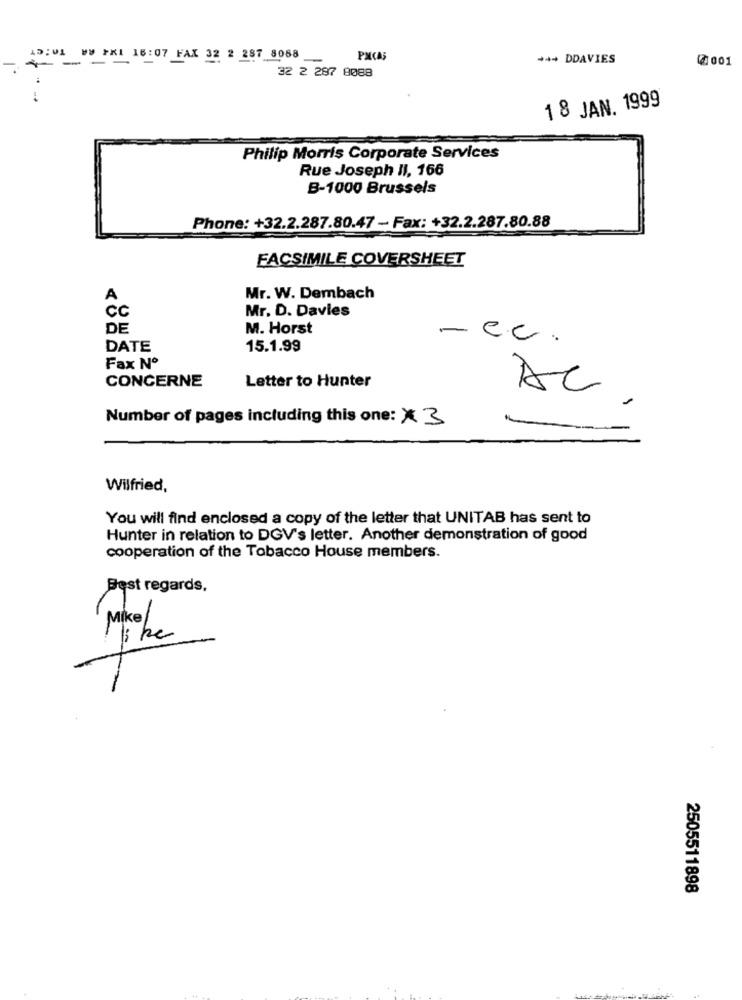
TO:CT
----
WW PKI 16:07 FAX 32 2 287 8088
PM(A)
*** DDAVIES
(2001
32 2 297 8088
18 JAN. 1999
Philip Morris Corporate Services
Rue Joseph II, 166
B-1000 Brussels
Phone: +32.2.287.80.47 - Fax: +32.2.287.80.88
FACSIMILE COVERSHEET
A
Mr. W. Dembach
CC
Mr. D. Davies
DE
M. Horst
mec.
DATE
15.1.99
Fax Nº
CONCERNE
Letter to Hunter
AC
Number of pages including this one: ×3
Wilfried,
You will find enclosed a copy of the letter that UNITAB has sent to
Hunter in relation to DGV's letter. Another demonstration of good
cooperation of the Tobacco House members.
Best regards.
Miche
2505511898